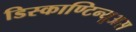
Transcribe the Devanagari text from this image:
डिस्काण्टिन्यूअस